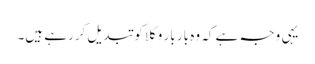
یہی وجہ ہے کہ وہ بار بار وکلا کو تبدیل کررہے ہیں۔